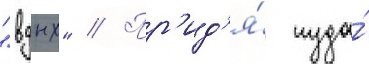
"вднх" // Пр'ид'я́ туда́